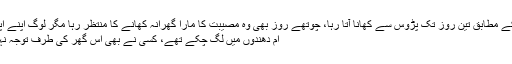
رواج کے مطابق تین روز تک پڑوس سے کھانا آتا رہا، چوتھے روز بھی وہ مصیبت کا مارا گھرانہ کھانے کا منتظر رہا مگر لوگ اپنے اپنے ک
ام دھندوں میں لگ چکے تھے، کسی نے بھی اس گھر کی طرف توجہ نہیں دی۔